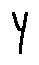
Y